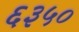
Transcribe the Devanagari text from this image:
६३५०